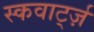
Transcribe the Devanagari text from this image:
स्कवार्ट्ज़